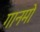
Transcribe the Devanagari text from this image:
गानमो